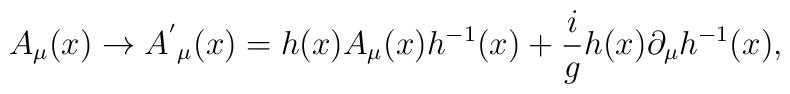
A_\mu(x)\rightarrow {A^{'}}_\mu(x)=h(x)A_\mu(x)h^{-1}(x)+\frac{i}{g}h(x)\partial_\mu h^{-1}(x),